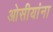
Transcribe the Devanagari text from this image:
ओसीयांना